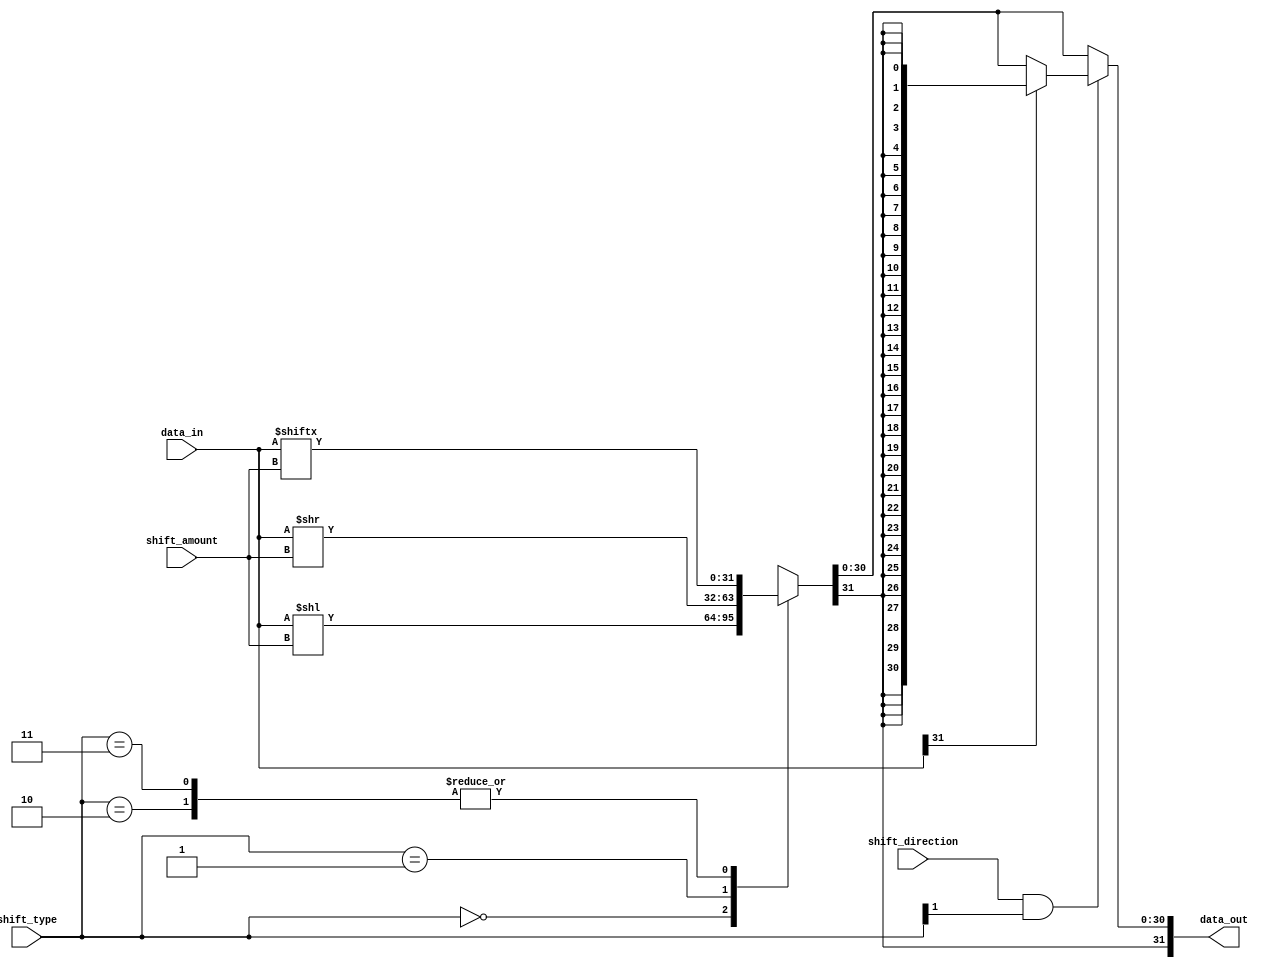
module barrel_shifter (
    input [31:0] data_in,
    input [4:0] shift_amount,
    input shift_direction,
    input [1:0] shift_type, // 00: left shift, 01: right shift, 10: rotate left, 11: rotate right
    output [31:0] data_out
);

reg [31:0] shifted_data;

always @(*) begin
    case(shift_type)
        2'b00: shifted_data = data_in << shift_amount; // left shift
        2'b01: shifted_data = data_in >> shift_amount; // right shift
        2'b10: shifted_data = {data_in[shift_amount-1:0], data_in[31:shift_amount]}; // rotate left
        2'b11: shifted_data = {data_in[31-shift_amount+1:31], data_in[31:shift_amount]}; // rotate right
    endcase
    
    if(shift_direction == 1'b1 && shift_type[1] == 1'b1) begin // handle sign extension for arithmetic right shift
        if(data_in[31] == 1'b1)
            shifted_data = {32{shifted_data[31]}};
    end
end

assign data_out = shifted_data;

endmodule